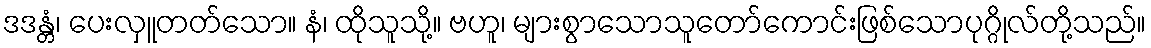
ဒဒန္တံ၊ ပေးလှူတတ်သော။ နံ၊ ထိုသူသို့။ ဗဟူ၊ များစွာသောသူတော်ကောင်းဖြစ်သောပုဂ္ဂိုလ်တို့သည်။